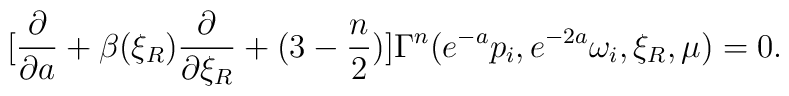
[{\partial \over \partial a}+\beta(\xi_R){\partial \over \partial\xi_R}+(3-{n\over 2})]\Gamma^{n}(e^{-a}p_i,e^{-2a}\omega_i,\xi_R,\mu)=0.